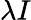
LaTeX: \lambda I